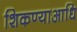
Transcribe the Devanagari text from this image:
शिकण्याआधि